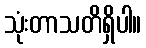
သုံးတာသတိရှိပါ။